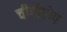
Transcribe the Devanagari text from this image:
चीरीटोप